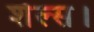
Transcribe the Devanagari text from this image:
शेल्स।